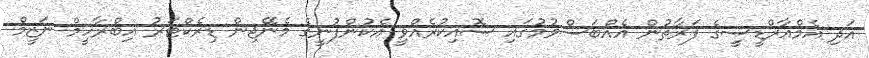
އަދި އެމްއާރްޑީސީގެ ފަރާތުން އެއްބަސްވުމުގައި ސޮއިކުރެއްވީ އެކުންފުނީގެ މެނޭޖިން ޑިރެކްޓަރު އިބްރާހީމް ނަޒީމް